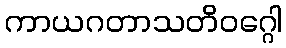
ကာယဂတာသတိဝဂ္ဂေါ